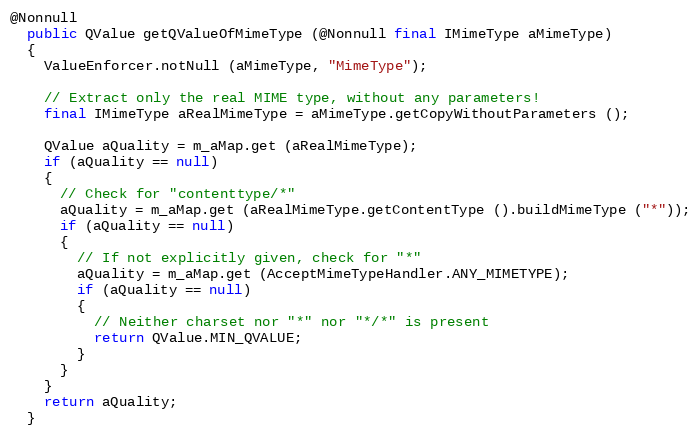
Language: Java
@Nonnull
  public QValue getQValueOfMimeType (@Nonnull final IMimeType aMimeType)
  {
    ValueEnforcer.notNull (aMimeType, "MimeType");

    // Extract only the real MIME type, without any parameters!
    final IMimeType aRealMimeType = aMimeType.getCopyWithoutParameters ();

    QValue aQuality = m_aMap.get (aRealMimeType);
    if (aQuality == null)
    {
      // Check for "contenttype/*"
      aQuality = m_aMap.get (aRealMimeType.getContentType ().buildMimeType ("*"));
      if (aQuality == null)
      {
        // If not explicitly given, check for "*"
        aQuality = m_aMap.get (AcceptMimeTypeHandler.ANY_MIMETYPE);
        if (aQuality == null)
        {
          // Neither charset nor "*" nor "*/*" is present
          return QValue.MIN_QVALUE;
        }
      }
    }
    return aQuality;
  }